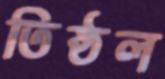
তিষ্ঠল